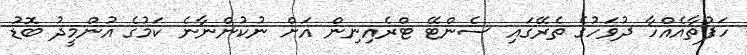
ހަފުތާއެއްހާ ދުވަހުގެ ތެރޭގައި ސެންޓޭ ޓްރެއިނިން އަށް ނުކުންނާނެ ކަމުގެ އުންމީދު ބޮޑު